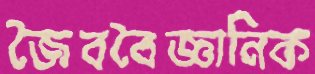
জৈববৈজ্ঞানিক